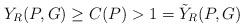
LaTeX: \begin{align*} Y_R (P , G) \geq C(P) > 1 = \tilde{Y}_R (P,G) \end{align*}